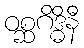
ဝစ္ဆဂိဒ္ဓိနီ